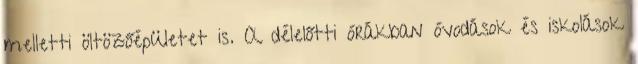
melletti öltözőépületet is. A délelőtti órákban óvodások és iskolások